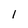
Character: 1